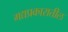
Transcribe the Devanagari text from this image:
गद्यप्रकारातील